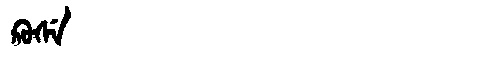
Manchu: ᡴ᠋ᠣᠰᡝ
Romanization: K'OSE